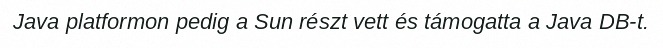
Java platformon pedig a Sun részt vett és támogatta a Java DB-t.